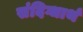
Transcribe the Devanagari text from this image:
संदिग्धार्थ